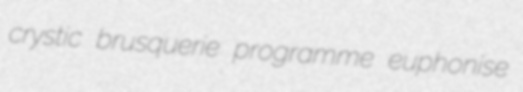
crystic brusquerie programme euphonise